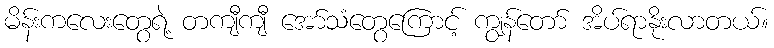
မိန်းကလေးတွေရဲ့ တကျီကျီ အော်သံတွေကြောင့် ကျွန်တော် အိပ်ရာနိုးလာတယ်။